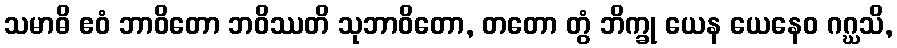
သမာဓိ ဧဝံ ဘာဝိတော ဘဝိဿတိ သုဘာဝိတော, တတော တွံ ဘိက္ခု ယေန ယေနေဝ ဂဂ္ဃသိ,